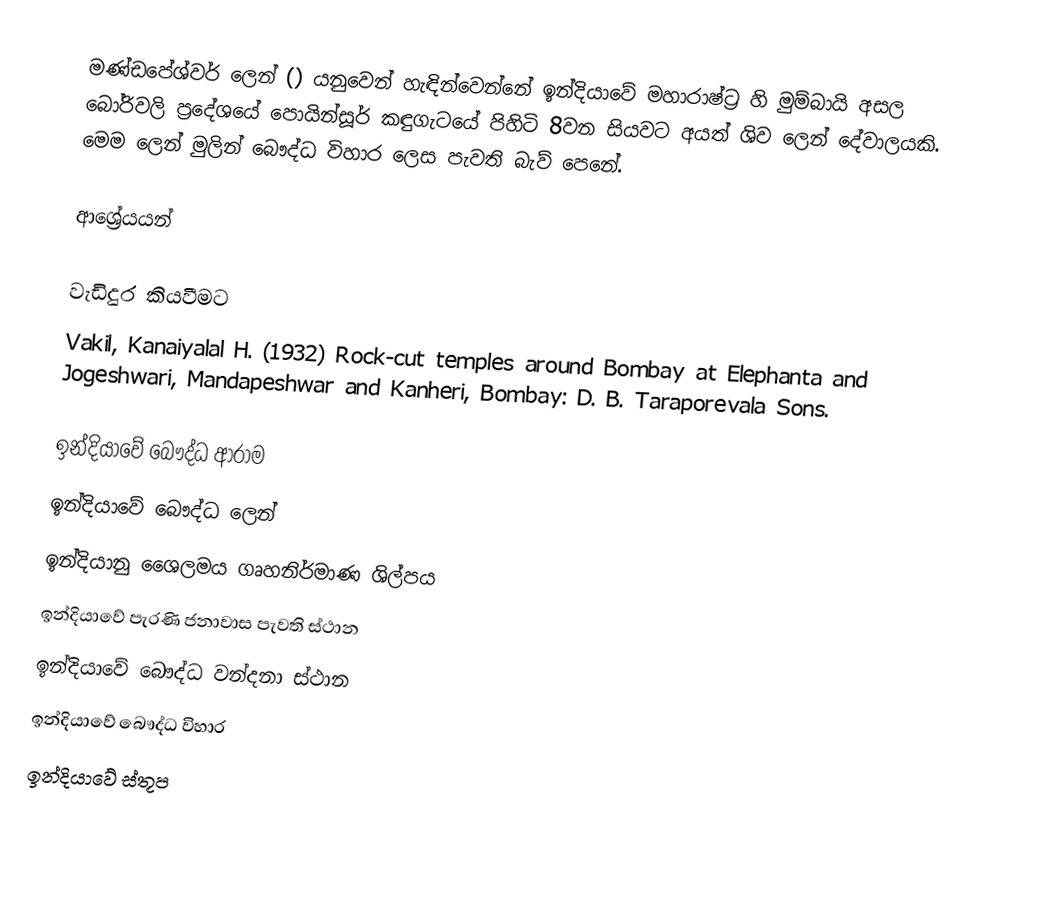
මණ්ඩපේශ්වර් ලෙන් () ‍යනුවෙන් හැඳින්වෙන්නේ ඉන්දියාවේ මහාරාෂ්ට්‍ර හි මුම්බායි අසල බෝරිවලි ප්‍රදේශයේ පොයින්සූර් කඳුගැටයේ පිහිටි 8වන සියවට අයත් ශිව ලෙන් දේවාලයකි. මෙම ලෙන් මුලින් බෞද්ධ විහාර ලෙස පැවති බැව් පෙනේ.

ආශ්‍රේයයන්

වැඩිදුර කියවීමට
 Vakil, Kanaiyalal H. (1932) Rock-cut temples around Bombay at Elephanta and Jogeshwari, Mandapeshwar and Kanheri, Bombay: D. B. Taraporevala Sons.

ඉන්දියාවේ බෞද්ධ ආරාම
ඉන්දියාවේ බෞද්ධ ලෙන්
ඉන්දියානු ශෛලමය ගෘහනිර්මාණ ශිල්පය
ඉන්දියාවේ පැරණි ජනාවාස පැවති ස්ථාන
ඉන්දියාවේ බෞද්ධ වන්දනා ස්ථාන
ඉන්දියාවේ බෞද්ධ විහාර
ඉන්දියාවේ ස්තූප